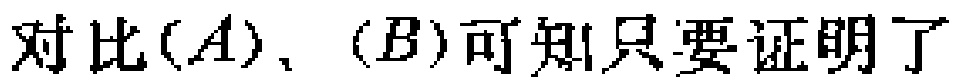
对比$(A)$、$(B)$可知只要证明了